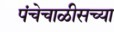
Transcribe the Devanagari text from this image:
पंचेचाळीसच्या